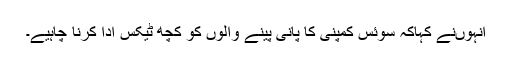
انہوںنے کہاکہ سوئس کمپنی کا پانی پینے والوں کو کچھ ٹیکس ادا کرنا چاہیے۔